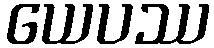
ယေပဿ